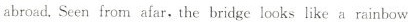
abroad.Seen from afar, the bridge looks like a rainbow